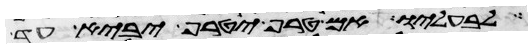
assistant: לבעליו אם טרף יטרף יביא עד